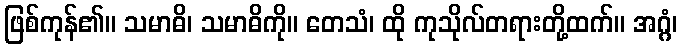
ဖြစ်ကုန်၏။ သမာဓိ၊ သမာဓိကို။ တေသံ၊ ထို ကုသိုလ်တရားတို့ထက်။ အဂ္ဂံ၊